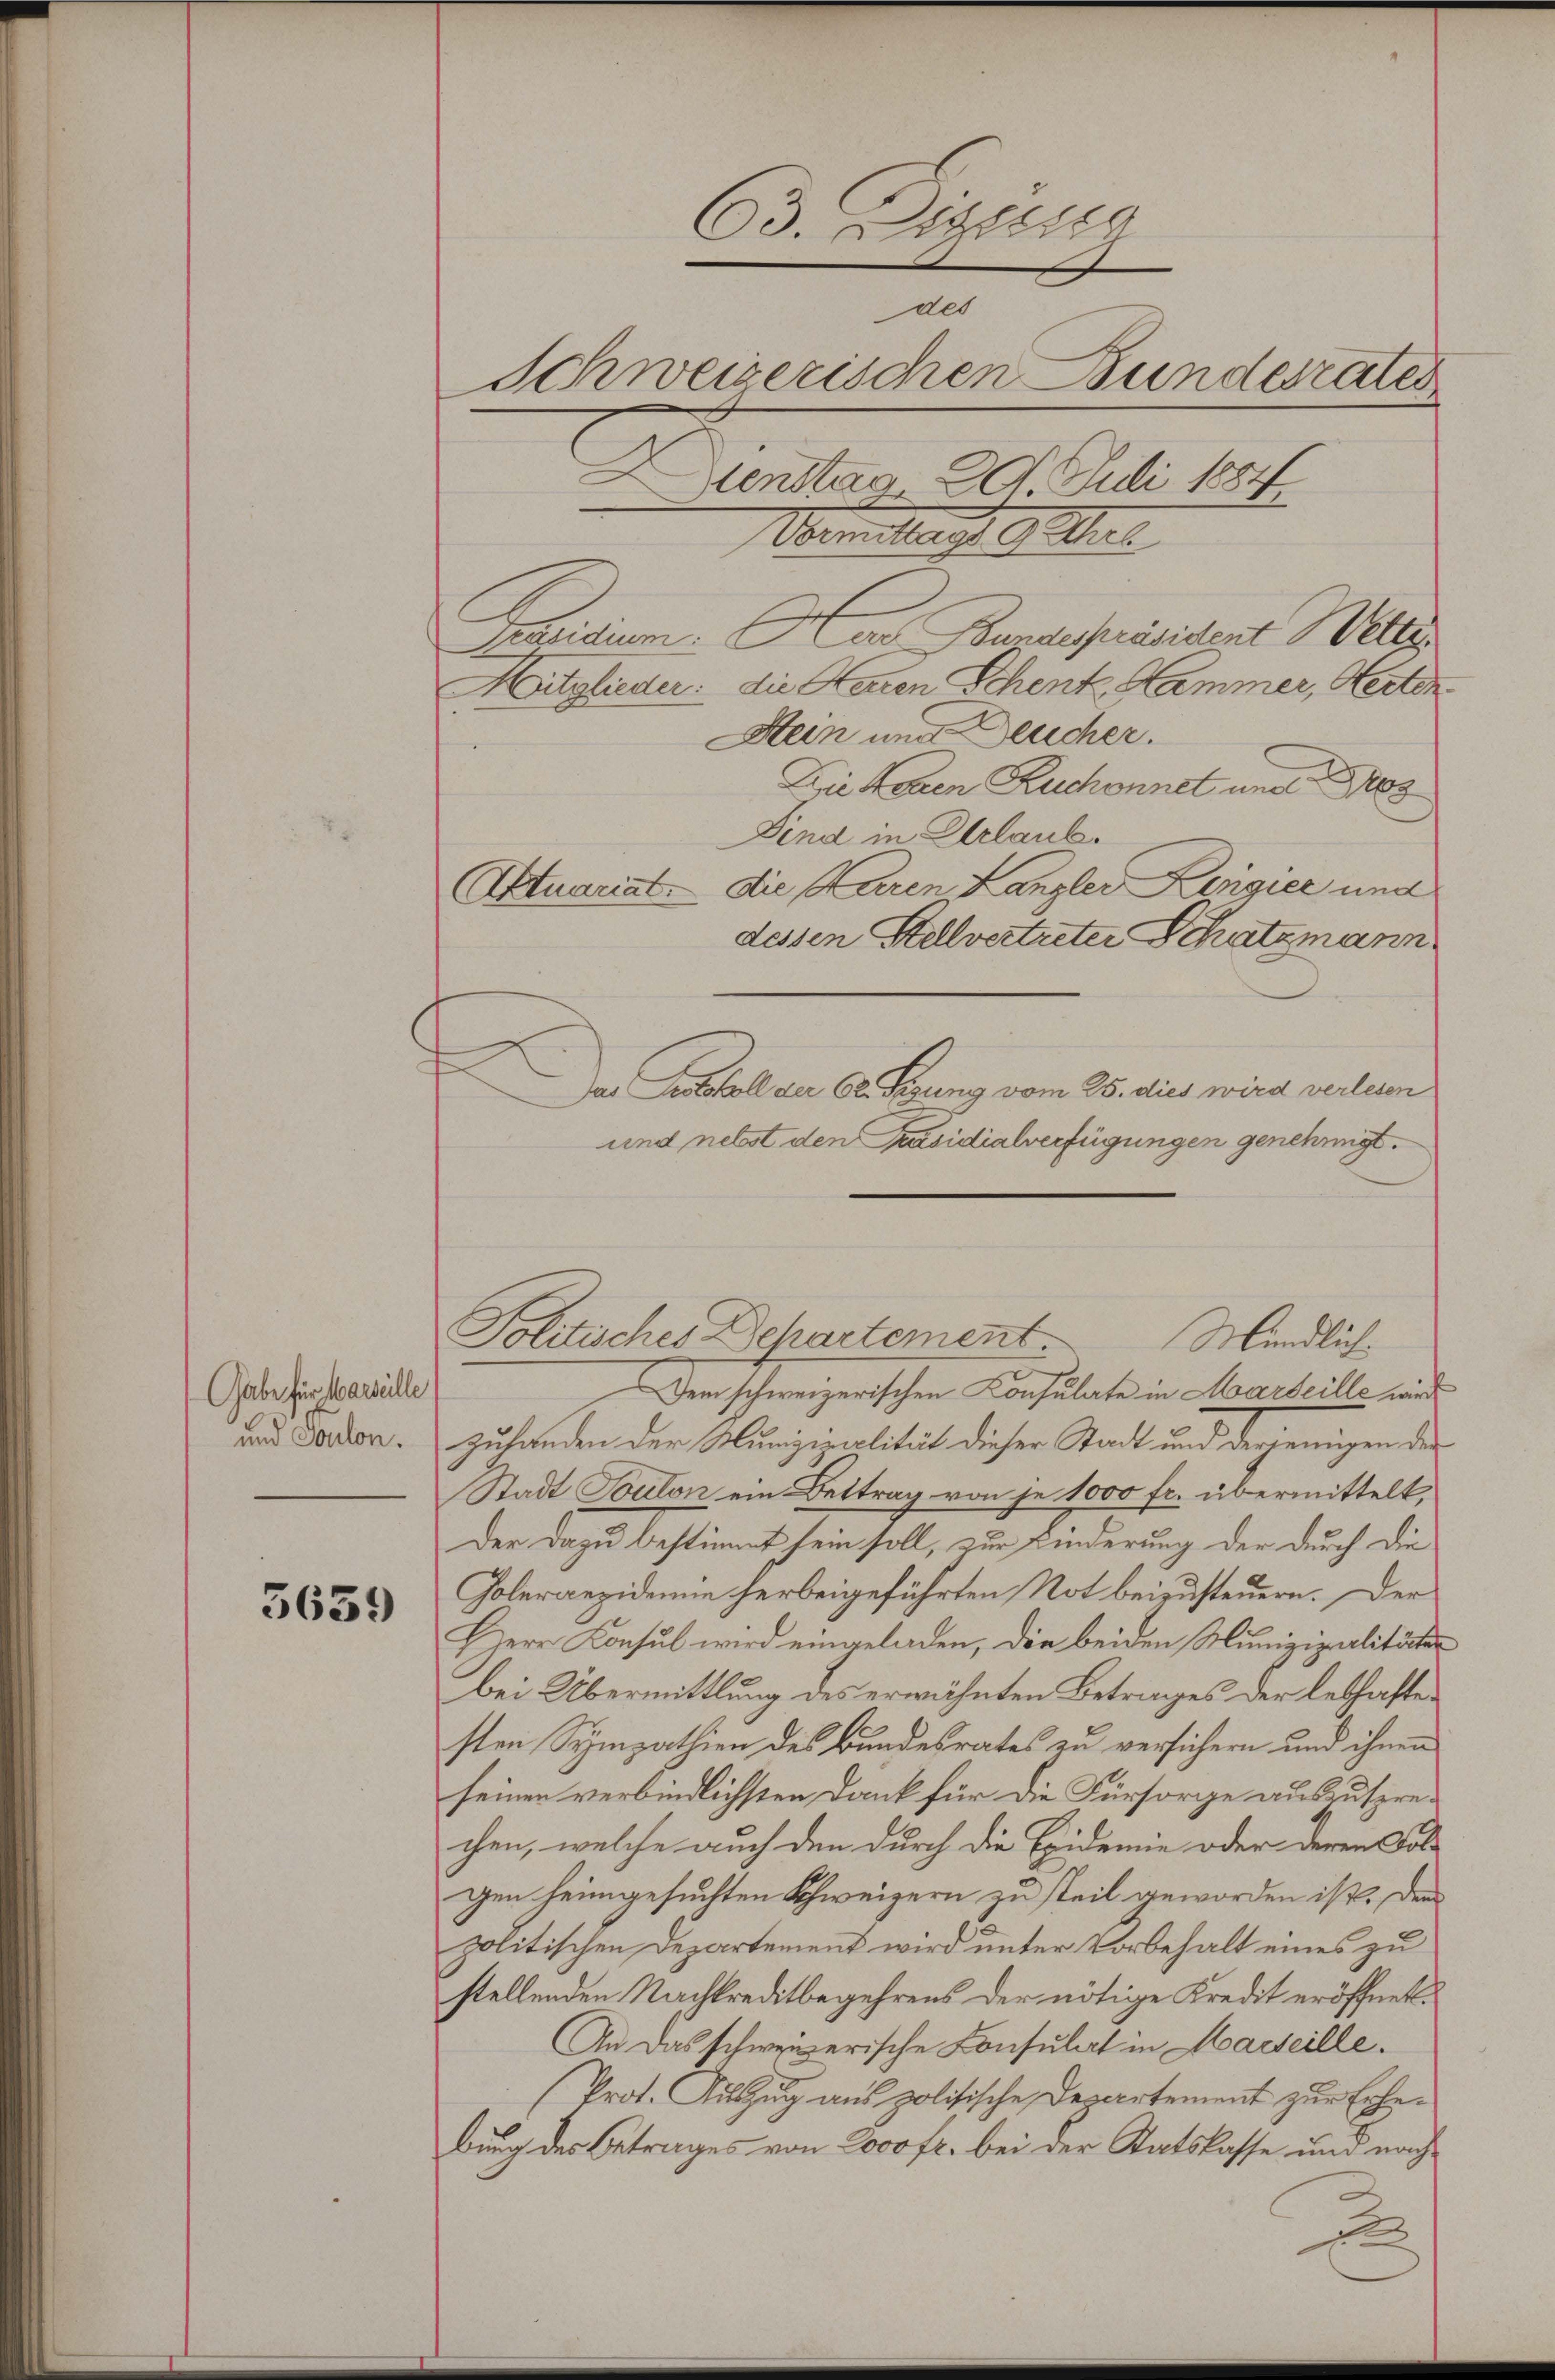
Gabe für Marseille
und Toulon.

5659

63. Digerner
des
Schweizerischen Bundesrates
Dunstag 29. Juli 18
Wandlung ges

Prasidium. Das Bundespräsident Wette
Mitglieder: die Herren Schenk Hammer, Herten
Stein und Deucher.
Die Hohen Ruchonnet und Pos
Dind in Erlaub.
Atuariat die Karen Kanzler Ringier und
dessen Stellvertreter Schatzmann
Politisches Departement
Dem schweizerischen Konsulate in Marseille wird
zulanden der Munizipalität dieser Stadt und derjenigen der
Stadt Toulon ein Bettrag von je 1000 fr. übermittelt,
Der dazu bestimmt sein soll, zur Kinderung der durch die
Goleraezidemie herbeigeführten Not beizusteuern. Der
Herr Konsul wird eingeladen, die beiden Munizipalitäten
bei Übermittlung des erwähnten Betrages der lebhaften
sten Sympathien des Bundesrates zu versichern und ihnen
seinen verbindlichsten Dank für die Fürsorge auszusprechen, welche auch den durch die Eidemie oder deren Folgen heimgesuchten Schweizern zu steil geworden ist. Den
politischen Departement wird unter Vorbehalt eines zu
stellenden Nachkreditbegehrens der nötige Kredit eröffnet.
An das schweizerische Consulat in Marseille.
Prot. Auszug aus politische Departement zur Erheburg des Betrages von 2000 fr. bei der Statskasse und nach
.

Das Protokoll der 62. Segung vom 25. dies wird verlesen
und nebst den Präsidialverfügungen genehmigt.

Mündlich.